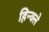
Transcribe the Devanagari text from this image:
हिन्क्ले